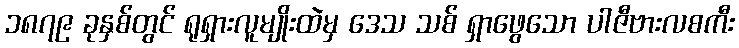
၁၈၇၉ ခုနှစ်တွင် ရုရှားလူမျိုးထဲမှ ဒေသ သစ် ရှာဖွေသော ပါဇီဗားလစကီး